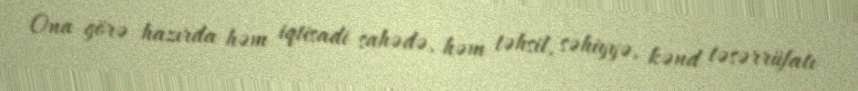
Ona görə hazırda həm iqtisadi sahədə, həm təhsil, səhiyyə, kənd təsərrüfatı